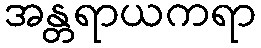
အန္တရာယကရာ